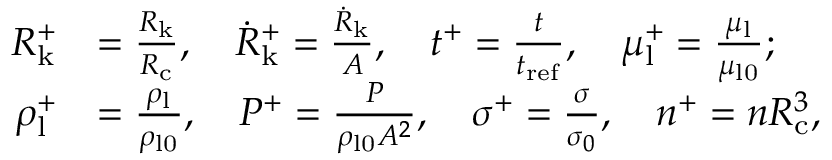
\begin{array} { r l } { R _ { \mathrm { k } } ^ { + } } & { = \frac { R _ { \mathrm { k } } } { R _ { \mathrm { c } } } , \quad \dot { R } _ { \mathrm { k } } ^ { + } = \frac { \dot { R } _ { \mathrm { k } } } { A } , \quad t ^ { + } = \frac { t } { t _ { \mathrm { r e f } } } , \quad \mu _ { \mathrm { l } } ^ { + } = \frac { \mu _ { \mathrm { l } } } { \mu _ { \mathrm { l 0 } } } ; } \\ { \rho _ { \mathrm { l } } ^ { + } } & { = \frac { \rho _ { \mathrm { l } } } { \rho _ { \mathrm { l 0 } } } , \quad P ^ { + } = \frac { P } { \rho _ { \mathrm { l 0 } } A ^ { 2 } } , \quad \sigma ^ { + } = \frac { \sigma } { \sigma _ { 0 } } , \quad n ^ { + } = n R _ { \mathrm { c } } ^ { 3 } , } \end{array}